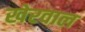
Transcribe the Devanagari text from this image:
खेरवाल